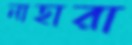
নাহারা